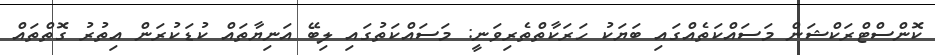
ކޮންސްޓްރަކްޝަން މަސައްކަތެއްގައި ބަޔަކު ހަރަކާތްތެރިވަނީ: މަސައްކަތުގައި ލިބޭ އަނިޔާތައް ކުޑަކުރަން އިތުރު ގޮތްތައް